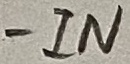
Text: -IN